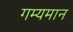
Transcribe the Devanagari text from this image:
गम्यमान